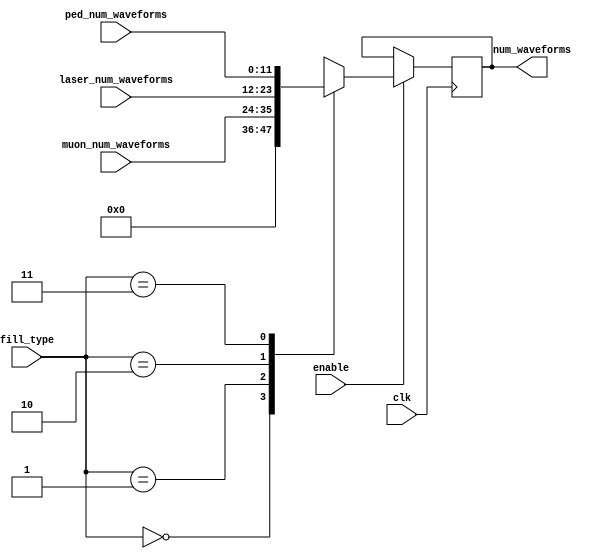
`timescale 1ns / 1ps

///////////////////////////////////////////////////////////////////////////////////////////////////
// connect a mux that will provide the number of waveforms as specified by the fill type.
module adc_num_waveforms_mux(
    // inputs
    input [1:0] fill_type,            	// to determine how much data to collect
    input [11:0] muon_num_waveforms,	// number of waveforms to store per trigger
    input [11:0] laser_num_waveforms,	// number of waveforms to store per trigger
    input [11:0] ped_num_waveforms,		// number of waveforms to store per trigger
    input clk,
    input enable,
    // outputs
    output reg [11:0] num_waveforms // number of 8 (or 10) sample bursts
);

always @(posedge clk) begin
    if (enable) begin
        case (fill_type[1:0])
            2'b00  : begin
                        num_waveforms[11:0] <= 23'h00000;
                     end
            2'b01  : begin
                        num_waveforms[11:0] <= muon_num_waveforms[11:0];
                     end
            2'b10  : begin
                        num_waveforms[11:0] <= laser_num_waveforms[11:0];
                     end
            2'b11  : begin
                        num_waveforms[11:0] <= ped_num_waveforms[11:0];
                    end
		endcase
    end
end                  
endmodule